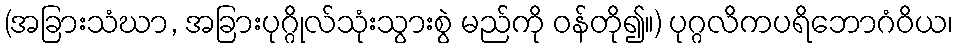
(အခြားသံဃာ, အခြားပုဂ္ဂိုလ်သုံးသွားစွဲ မည်ကို ဝန်တို၍။) ပုဂ္ဂလိကပရိဘောဂံဝိယ၊